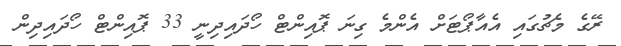
ރޭގެ މެޗުގައި އެއާޕޯޓަށް އެންމެ ގިނަ ޕޮއިންޓް ހޯދައިދިނީ 33 ޕޮއިންޓް ހޯދައިދިން